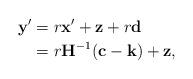
LaTeX: \begin{align*}\mathbf y' & = r\mathbf x' + \mathbf z +r \mathbf d \\ &= r\mathbf H^{-1} (\mathbf c-\mathbf k) + \mathbf z,\end{align*}